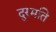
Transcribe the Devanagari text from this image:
दुरमति